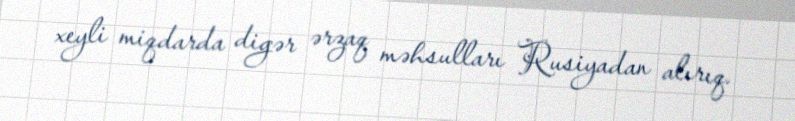
xeyli miqdarda digər ərzaq məhsulları Rusiyadan alırıq.